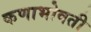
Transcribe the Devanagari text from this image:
कणाभोवती